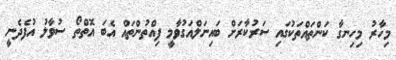
މިހާރު މިހިނގާ ކަންތައްތަކުގައި ސަރުކާރަށް ބައިނަލްއަގުވާމީ ފިއްތުންތައް އެބަ އޮތްތޯ ސުވާލު އުފެދެނީ